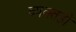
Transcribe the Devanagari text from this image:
व्‍यक्‍तही